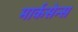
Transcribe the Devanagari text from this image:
मार्कसेन्स